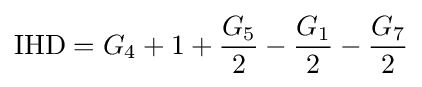
{\text{IHD}}=G_{4}+1+{\frac {G_{5}}{2}}-{\frac {G_{1}}{2}}-{\frac {G_{7}}{2}}